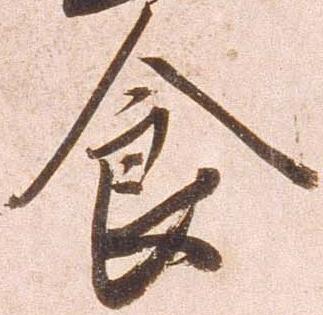
食